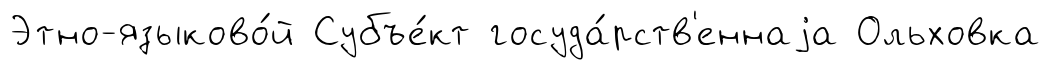
Этно-языково́й Субъе́кт госуда́рств'еннаjа Ольховка